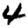
Digit: 4